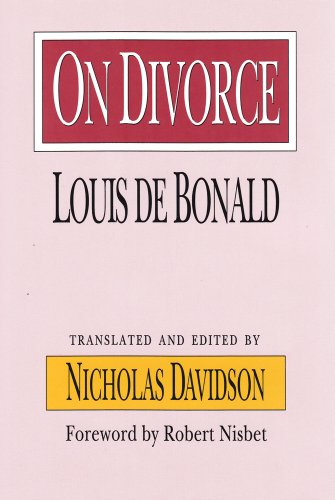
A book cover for On Divorce (Library of Conservative Thought); Louis de Bonald; Medical Books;